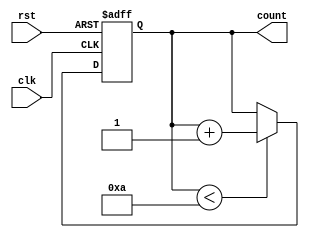
module Incremental_Loop (
  input wire clk,
  input wire rst,
  output reg [7:0] count
);

  reg [7:0] step = 1;
  reg [7:0] num_iterations = 10;

  always @ (posedge clk or posedge rst) begin
    if (rst) begin
      count <= 0;
    end else begin
      if (count < num_iterations) begin
        count <= count + step;
      end
    end
  end

endmodule